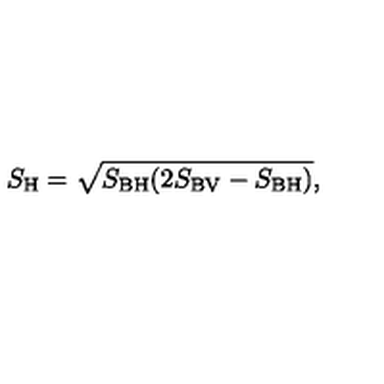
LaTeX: S _ { \mathrm { H } } = \sqrt { S _ { \mathrm { B H } } ( 2 S _ { \mathrm { B V } } - S _ { \mathrm { B H } } ) } ,